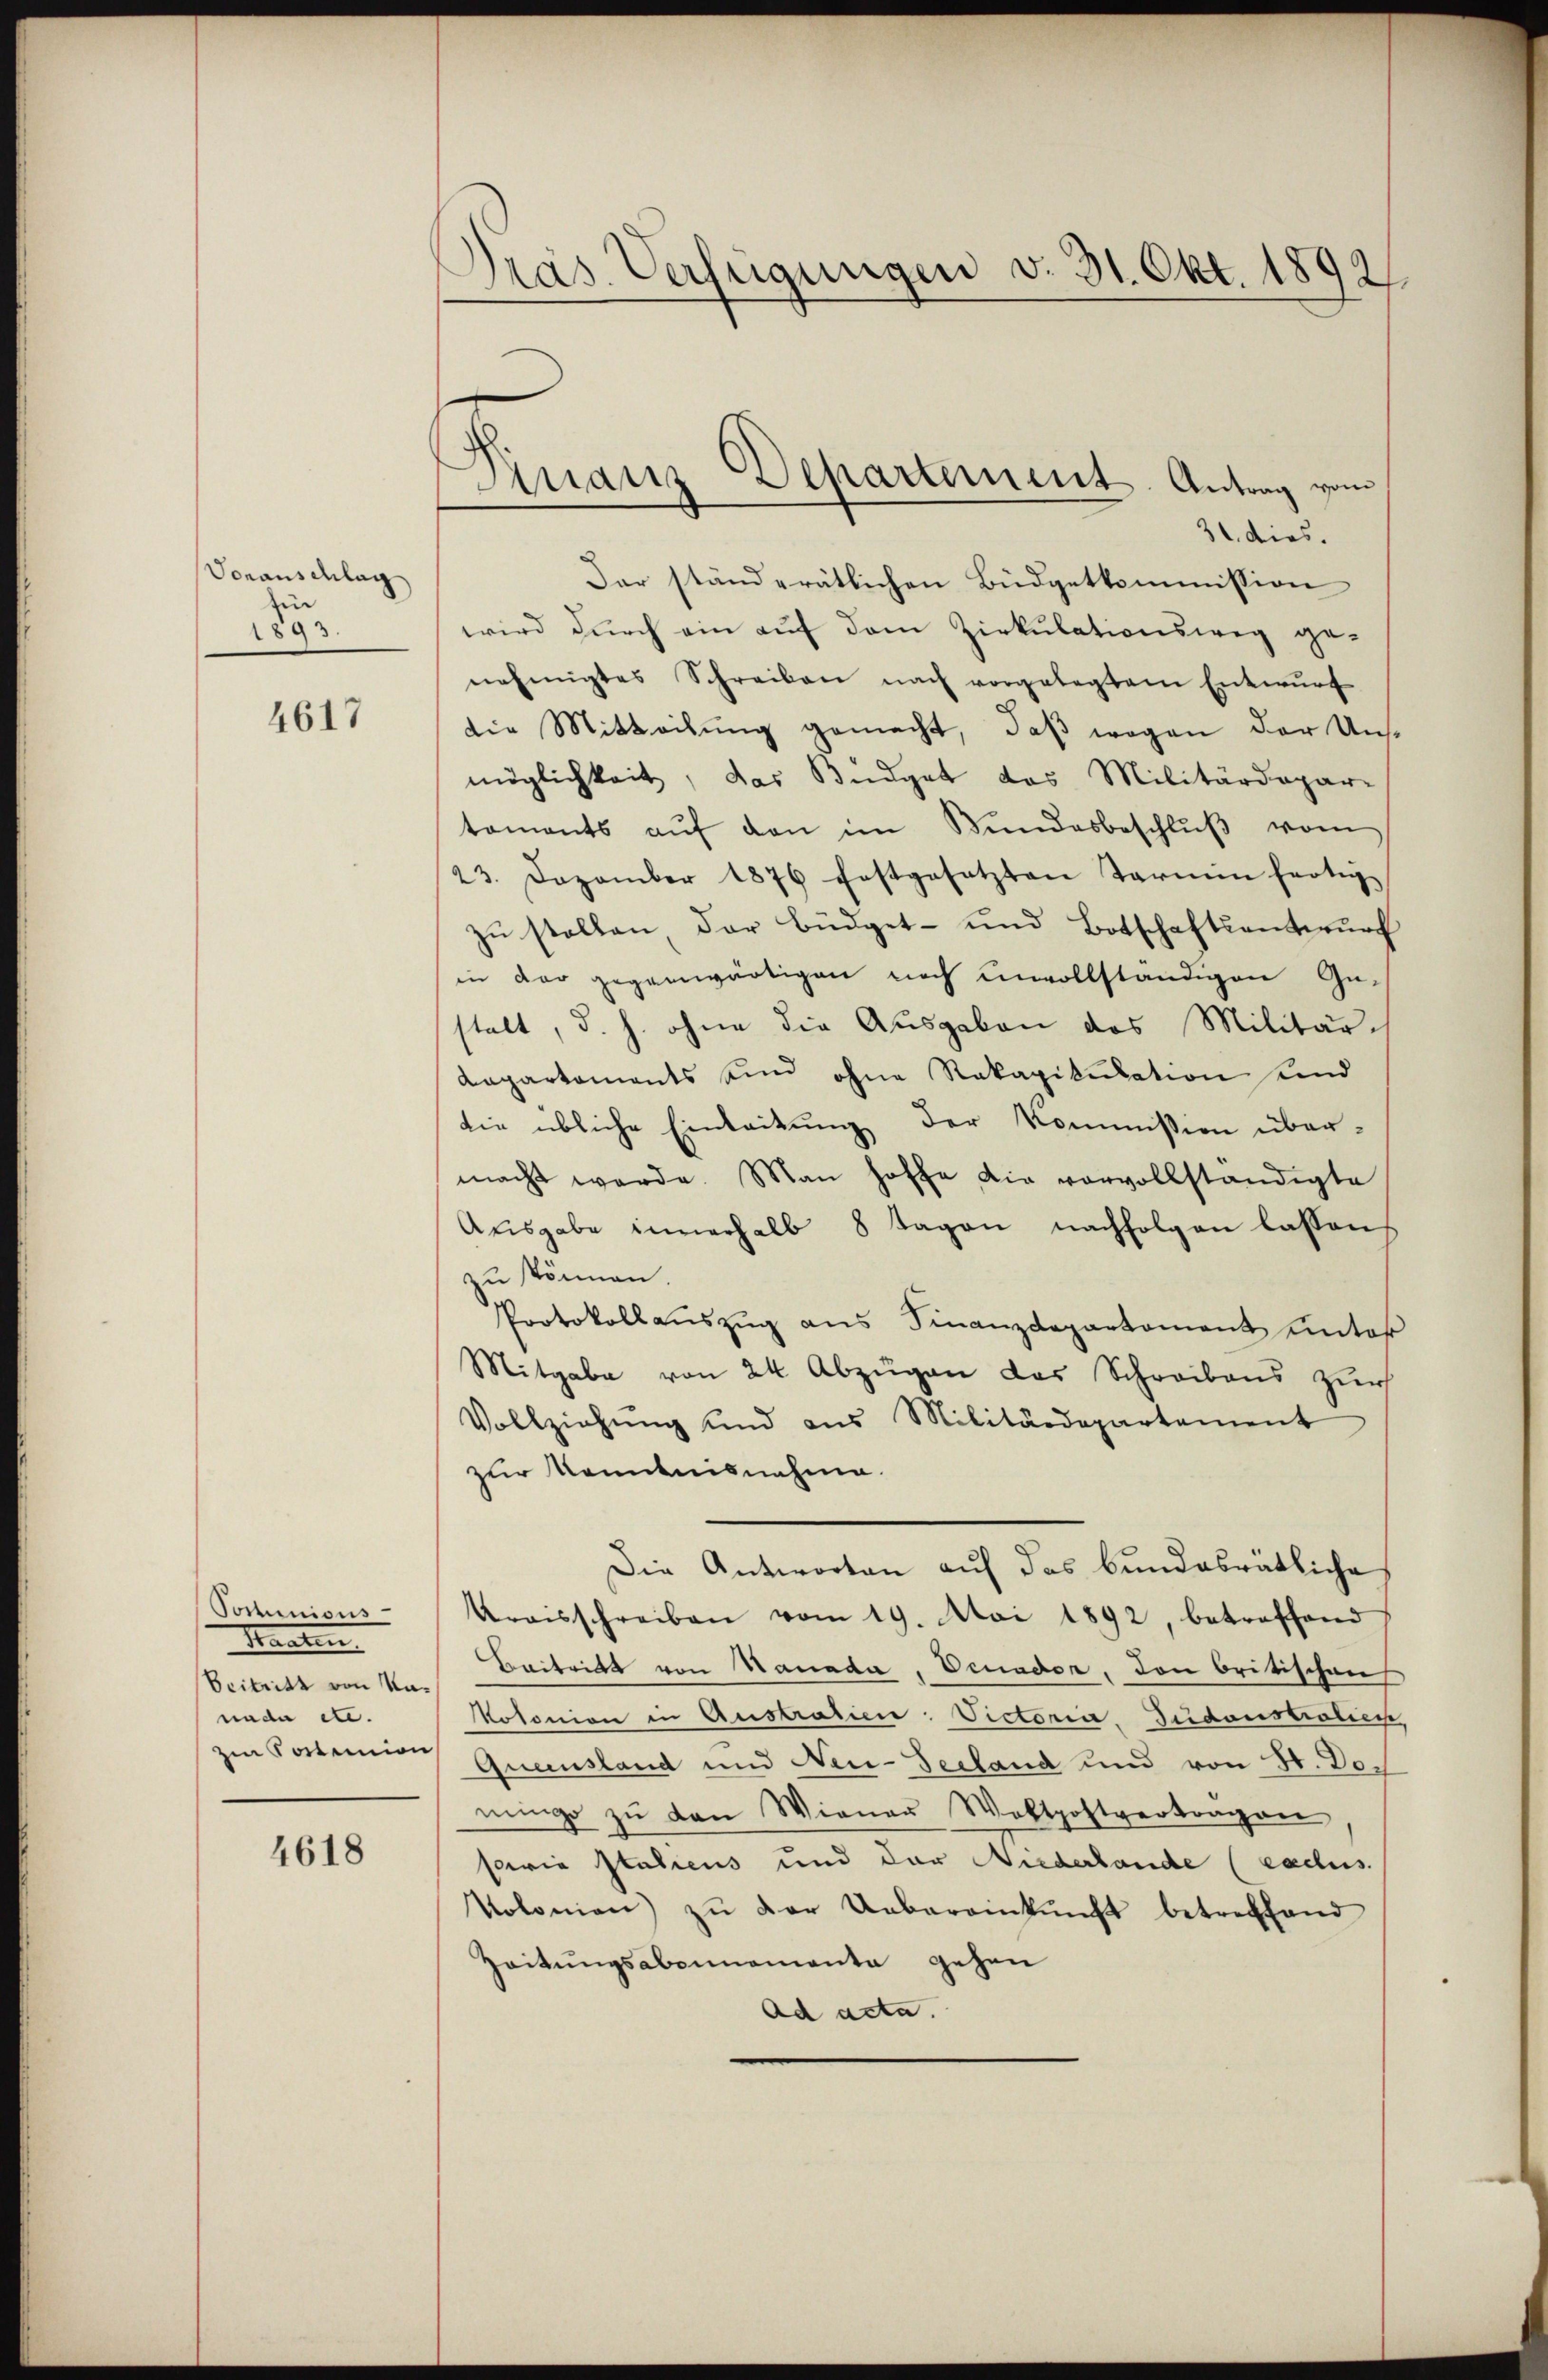
Voranschlag
in
1893.

4617

Commisers
Staaten
Beitritt von Kanade etc.
z Sotunion

4618

Dras Verfügungen v. 31. Okt. 1892

Dinanz Separtement. Antrag vom

31. dies.
Der ständerätlichen Büdgetkommission
wird durch ein auf dem Zirkulationsweg ge-
nehmigtes Schreiben nach vorgelegtem Entwurf
die Mitteilŭng gemacht, daβ wegen der Uns-
möglichkeit, das Büdget das Militärdepar-
taments aŭf den im Bundesbeschlŭβ vom
23. Dezember 1876 festgesetzten Termin fertig
zŭ stellen der Büdget- und Botschaftsentwŭrf
in der gegenwärtigen noch unvollständigen Ge-
stalt, d. h. ohne die Ausgaben des Militär-
Aapartements und ohne Rakapitulation und
die übliche Einleitung der Kommission übermacht werde. Man hoffe die vorvollständigte
Ausgabe innerhalb 8 Tagen nachfolgen lassen,
zu können
Protokollauszug aus Finanzdepartement unter
Mitgabe von 24 Abzügen das Schreibens zur
Vollziehŭng und aus Militärdepartement
zur Kenntnisnahme.
Die Antworten auf das bundesrätliche
Kraisschreiben vom 19. Mai 1892, betreffend
Beitritt von Hanada, Venader, den britischen
Kotonion in Austratien. Victoria Sudoustralien
Quensland und Neu-Serland und von H. Donung zu den Wienau Woltpostvertragen
sarie Italiens und der Niederlande (caclus
Volonien zŭ der Uebereinkunft betreffend
Zeitungsabonnementa gehen
ad acta.